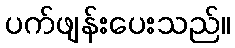
ပက်ဖျန်းပေးသည်။